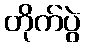
တိုက်ပွဲ